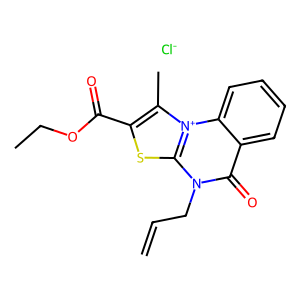
SMILES: C=CCn1c(=O)c2ccccc2[n+]2c(C)c(C(=O)OCC)sc12.[Cl-]
Inhibits HIV replication: Yes